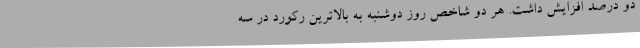
دو درصد افزایش داشت. هر دو شاخص روز دوشنبه به بالاترین رکورد در سه